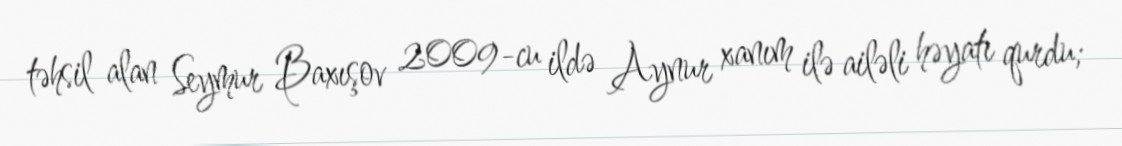
təhsil alan Seymur Baxışov 2009-cu ildə Aynur xanım ilə ailəli həyatı qurdu;